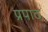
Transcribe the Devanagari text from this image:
प्रपाठ